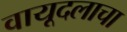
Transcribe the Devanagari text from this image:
वायूदलाचा